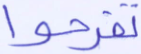
تفرحوا